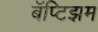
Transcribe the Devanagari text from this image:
बॅप्टिझम